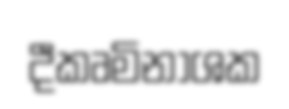
දීකෘමිනාශක